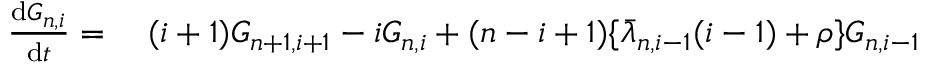
\begin{array} { r l } { \frac { \mathrm { d } G _ { n , i } } { \mathrm { d } t } = } & { { } \; ( i + 1 ) G _ { n + 1 , i + 1 } - i G _ { n , i } + ( n - i + 1 ) \lbrace \bar { \lambda } _ { n , i - 1 } ( i - 1 ) + \rho \rbrace G _ { n , i - 1 } } \end{array}